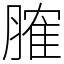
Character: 𦞦